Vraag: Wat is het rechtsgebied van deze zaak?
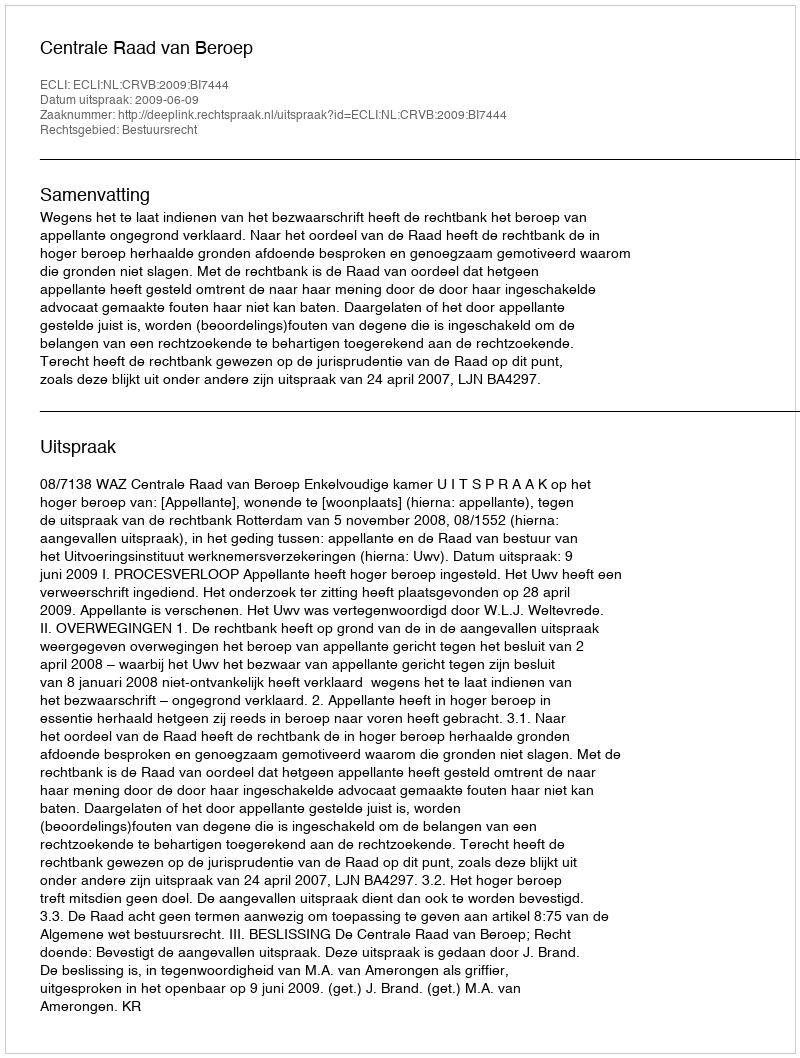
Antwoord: Bestuursrecht